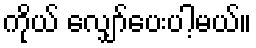
ကိုယ် လျှော်ပေးပါ့မယ်။